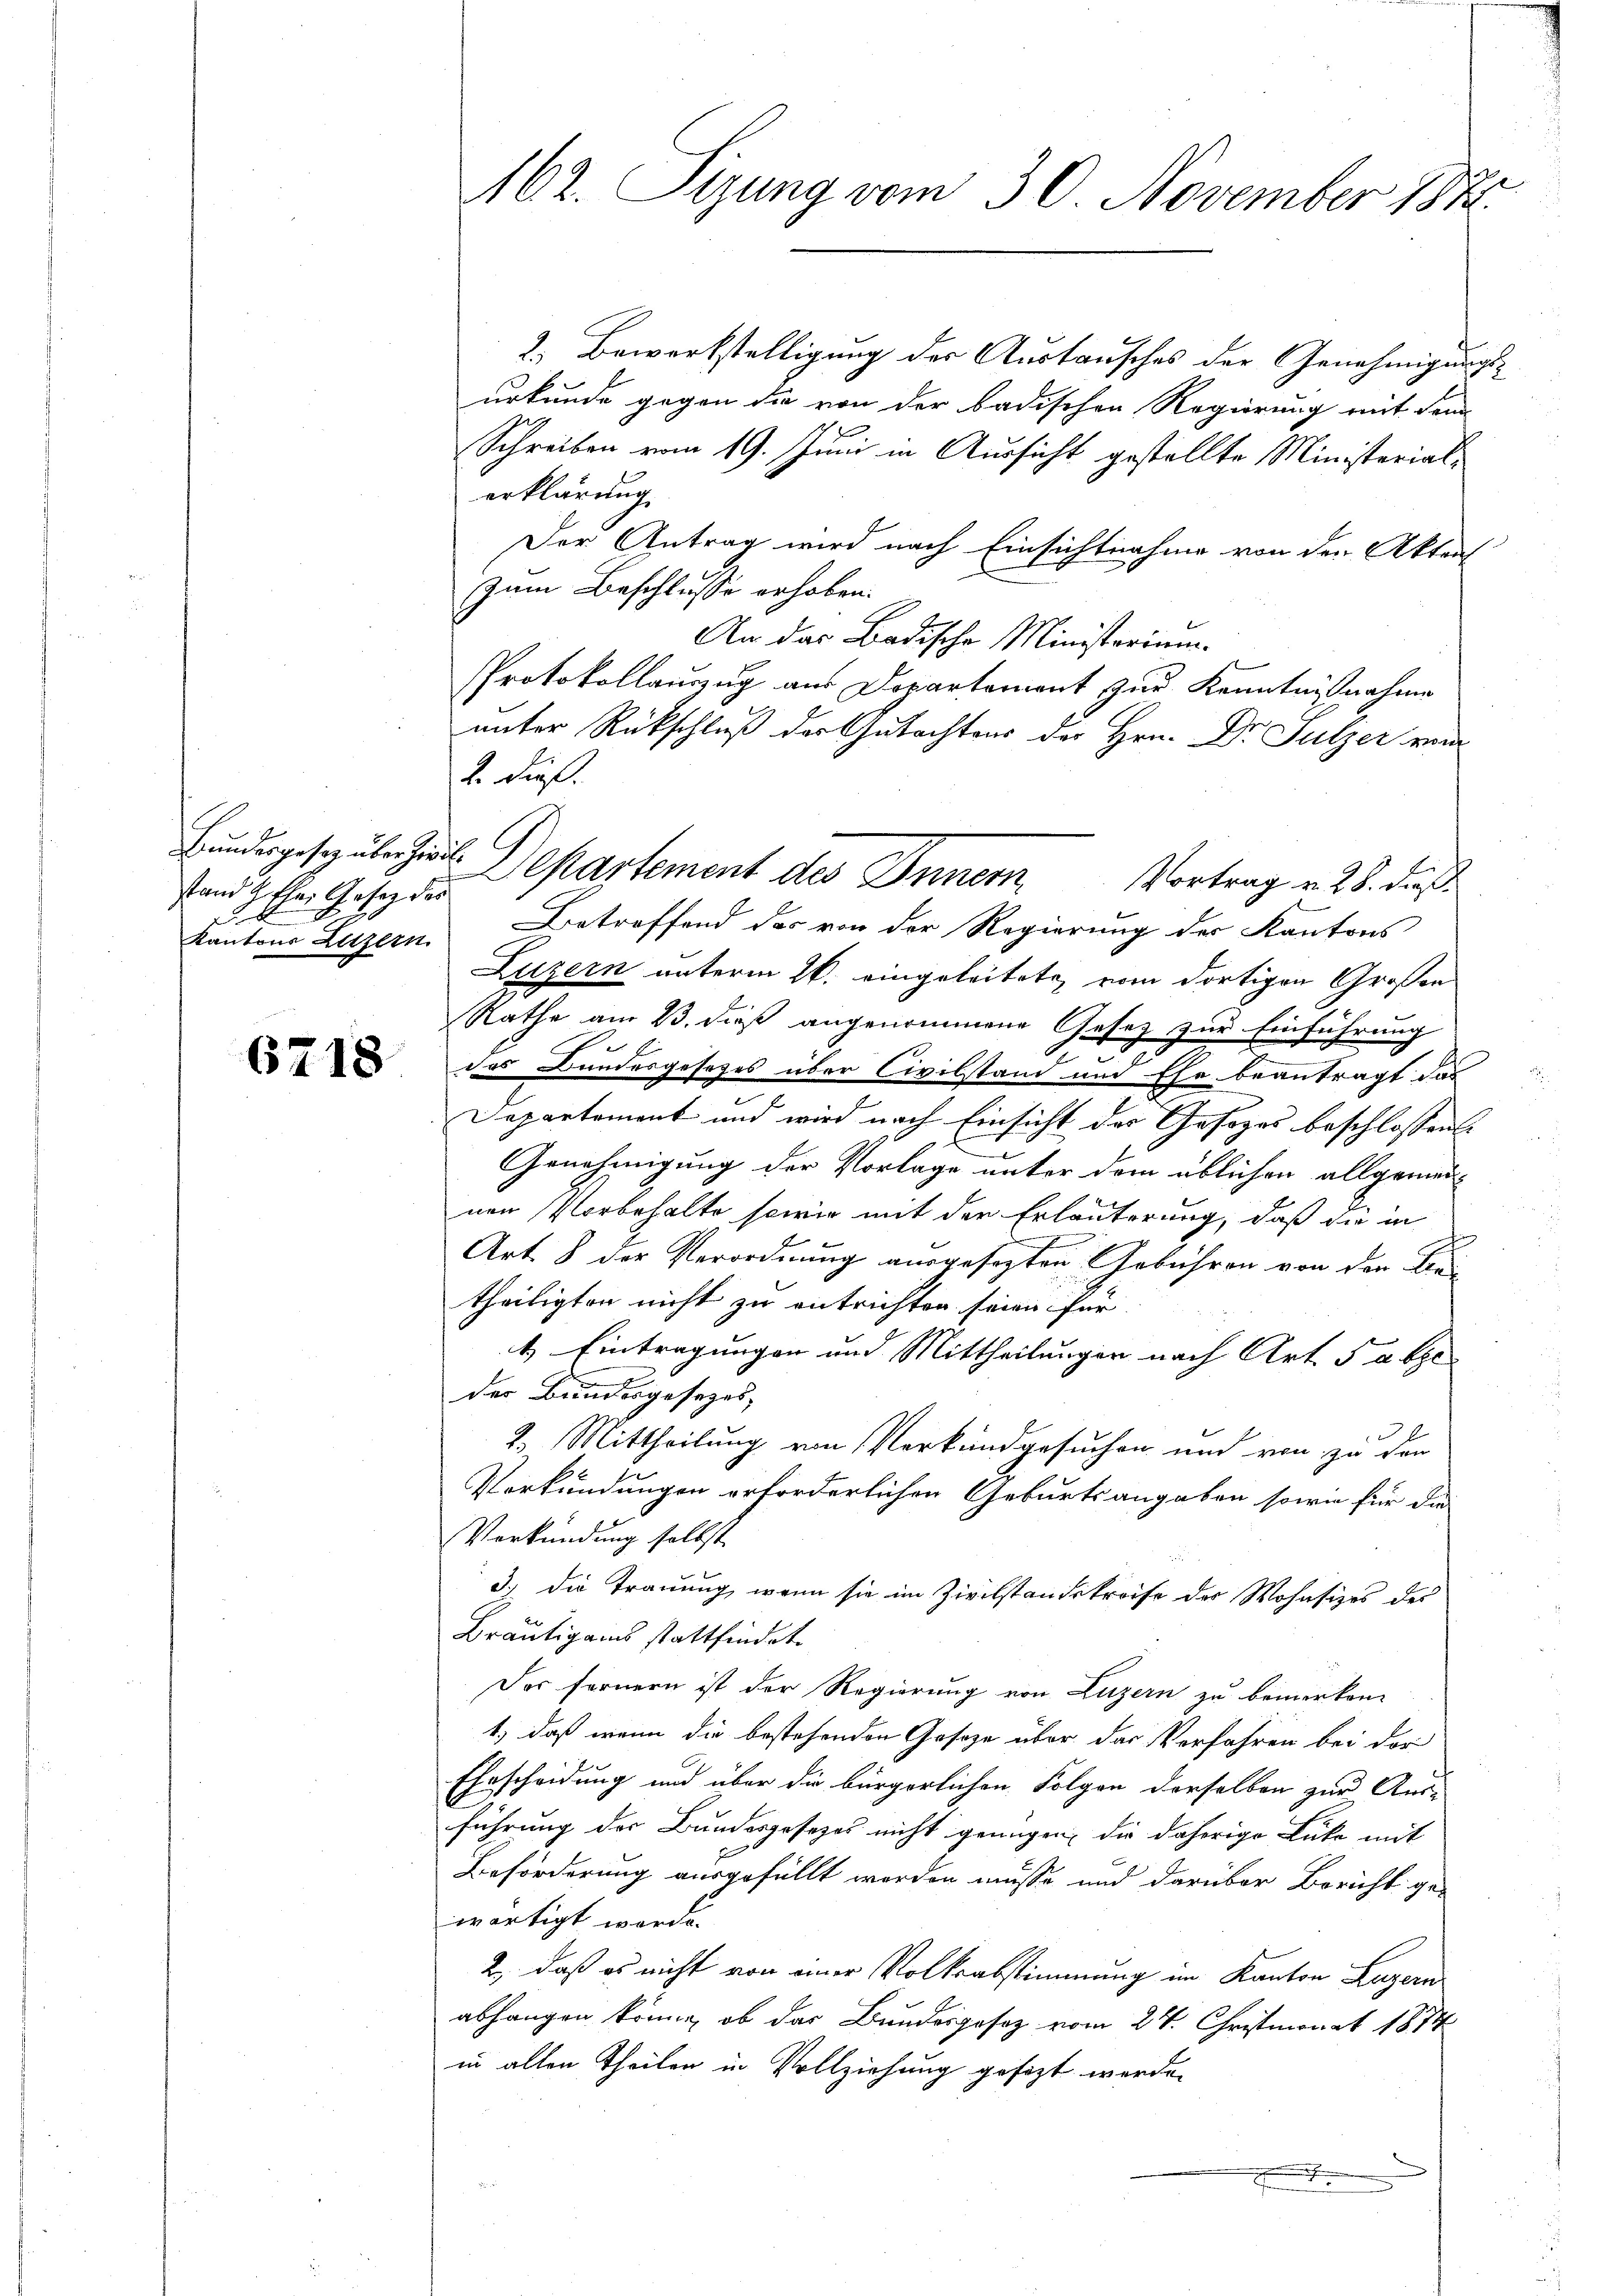
stand Athen Gesetz des
b
Kantons Luzern.

6718

162. Sizung vom 30. November 184.

2. Bewerkstelligung der Austausches der Genehmigungsurkunde gegen die von der badischen Regierung mit dem
Schreiben vom 19. Juni in Aussicht gestellte Ministerialerklärung
Der Antrag wird nach Einsichtnahme von den Aktens
zum Beschlusse erhoben.
An das Badische Ministerium.
Protokollauszug aus Departement zur Kenntnißnahme
unter Rückschluß der Gutachtens der Hrn. Dr Sulzer von
2. dieß.
Bundesgespülenheit Departement des Inner Vortrag v. 28. dieß
Betreffend des von der Regierung der Kantons
Luzern unterm 26. eingeleitete, vom dortigen Großen
Rathe am 23. dieß angenommene Gesez zur Einführung
E
das Bundesgesetzes über Civilstand und Ehe beantragt das
e
Departement und wird nach Einsicht der Gesezes beschlossen:
Genehmigung der Vorlage unter dem üblichen allgemein-
nen Vorbehalte sowie mit der Erläuterung, daß die in
Art. 8 der Verordnung ausgesezten Gebühren von den Frei
theiligten nicht zu entrichten seien für
4. Eintragungen und Mittheilungen nach Art 5 abge
der Bundesgesezes,
n
2. Mittheilung von Verkundgesuchen und von zu den
Verkündungen erforderlichen Geburtsangaben sowie für die
Verkündung selbst
d.) die Trauung, wenn sie im Zivilstandekreise des Wohnsizes des
Bräutigams stattfindet.
Des fernern ist der Regierung von Luzern zu bemerken.
1) daß wenn die bestehenden Gesetze über das Verfahren bei der
Ehrscheidung und über die bürgerlichen Folgen derselben zur Aus-
führung der Bundesgesezes nicht genügen, die daherige Luka mit
Beförderung ausgefüllt werden müsse und darüber Bericht ge-
wärtigt werde.
2., daß es nicht von einer Volksabstimmung im Kanton Luzern
abhangen könne, ob das Bundesgesez vom 24. Christmonat 1874
in allen Theilen in Vollziehung gesezt werden